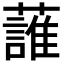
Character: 𧀣